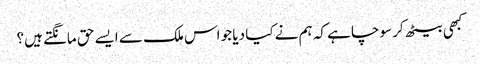
کبھی بیٹھ کر سوچا ہے کہ ہم نے کیا دیا جو اس ملک سے ایسے حق مانگتے ہیں؟